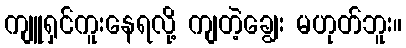
ကျူရှင်ကူးနေရလို့ ကျတဲ့ချွေး မဟုတ်ဘူး။